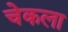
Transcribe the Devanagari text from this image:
चेकला